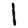
Digit: 1